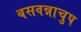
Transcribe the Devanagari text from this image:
बसवन्नाचुप